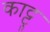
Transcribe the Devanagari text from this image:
काट्टु